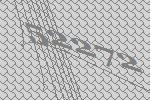
52272